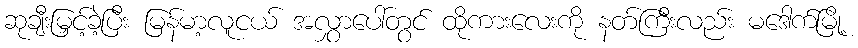
ဆုချီးမြှင့်ခဲ့ပြီး မြန်မာ့လူငယ် အလွှာပေါ်တွင် ထိုကားလေးကို နတ်ကြီးလည်း မဒေါက်မြို့